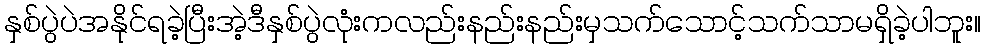
နှစ်ပွဲပဲအနိုင်ရခဲ့ပြီးအဲ့ဒီနှစ်ပွဲလုံးကလည်းနည်းနည်းမှသက်သောင့်သက်သာမရှိခဲ့ပါဘူး။